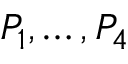
P _ { 1 } , \ldots , P _ { 4 }